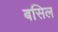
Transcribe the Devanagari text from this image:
बसिल